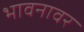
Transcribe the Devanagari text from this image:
भावनावर